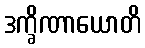
ဒက္ခိဏာယောတိ